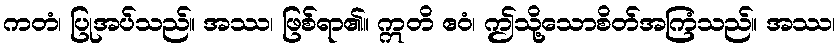
ကတံ၊ ပြုအပ်သည်။ အဿ၊ ဖြစ်ရာ၏။ ဣတိ ဧဝံ၊ ဤသို့သောစိတ်အကြံသည်။ အဿ၊